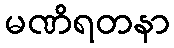
မဏိရတနာ